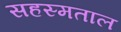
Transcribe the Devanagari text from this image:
सहस्मताल